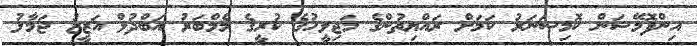
އިންފޮމޭޝަން ކޮމިޝަނަރު ކަމަށް ރައްޔިތުންގެ މަޖިލީހުގެ ކުރީގެ މެމްބަރު އަބްދުލް އަޒީޒު ޖަމާލު